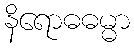
နိရောဓဓမ္မာ